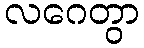
လဂေတွာ